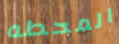
المحطه